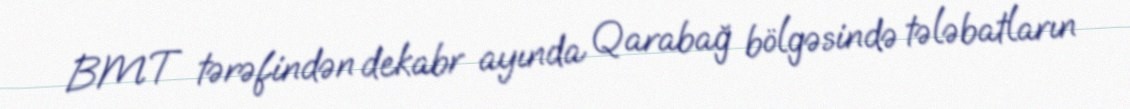
BMT tərəfindən dekabr ayında Qarabağ bölgəsində tələbatların